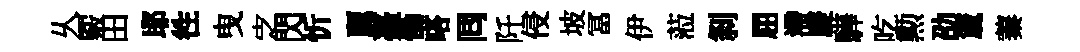
乆覈田耶徃曳㝎閃忻麗臺慟嗒囘阡侵坡冨伊蒞𠛴屈滯慶驊吃勲劭𥵂蓁